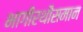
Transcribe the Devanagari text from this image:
भागीरथीसमान